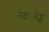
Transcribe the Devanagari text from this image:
नेदरलँद्स